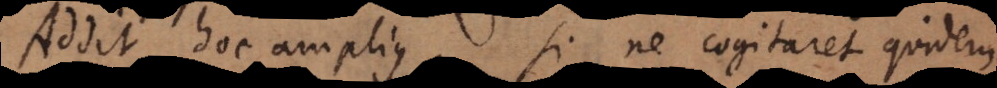
Addit hoc amplius, si ne cogitaret quidem